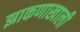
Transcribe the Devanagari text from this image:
झाकणाखाली